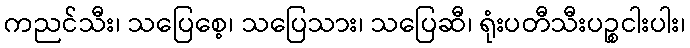
ကညင်သီး၊ သပြေစေ့၊ သပြေသား၊ သပြေဆီ၊ ရုံးပတီသီးပဉ္စငါးပါး၊